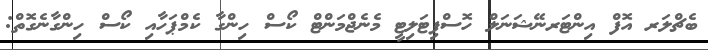
ބެޗްލަރ އޮފް އިންޓަރނޭޝަނަލް ހޮސްޕިޓަލިޓީ މެނެޖްމަންޓް ކޯސް ހިންގާ ކެމްޕަހާއި ކޯސް ހިންގާނެގޮތް: